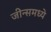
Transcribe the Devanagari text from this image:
जीन्समध्ये